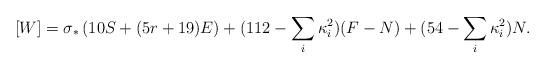
LaTeX: \begin{align*}[W]=\sigma_*\left(10S + (5r + 19)E\right) +(112 - \sum_i\kappa_i^2)(F-N) +(54 -\sum_i\kappa_i^2)N.\end{align*}